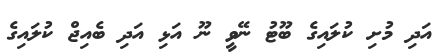
އަދި މުށި ކުލައިގެ ބޫޓު ނޭވީ ނޫ އަޅި އަދި ބެއިޖް ކުލައިގެ